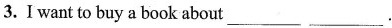
3.I want to buy a book about ___ ___.